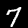
Label: 7